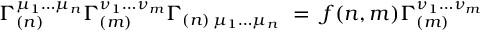
\Gamma _ { ( n ) } ^ { \mu _ { 1 } \ldots \mu _ { n } } \Gamma _ { ( m ) } ^ { \nu _ { 1 } \ldots \nu _ { m } } \Gamma _ { ( n ) \, \mu _ { 1 } \ldots \mu _ { n } } ~ = ~ f ( n , m ) \Gamma _ { ( m ) } ^ { \nu _ { 1 } \ldots \nu _ { m } }